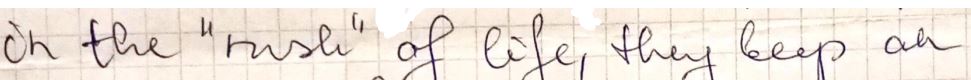
on the "rush" of life, they keep an